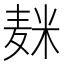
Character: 𱋕